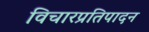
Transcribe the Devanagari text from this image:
विचारप्रतिपादन